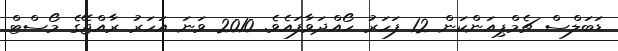
ޑަބަލްސް ޗެމްޕިއަންކަން 12 ފަހަރު ހޯއްދަވާފައެވެ. 2010 ވަނަ އަހަރު ރާއްޖޭގެ މޯސްޓް